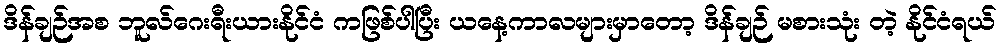
ဒိန်ချဉ်အစ ဘူလ်ဂေးရီးယားနိုင်ငံ ကဖြစ်ပါပြီး ယနေ့ကာလများမှာတော့ ဒိန်ချဉ် မစားသုံး တဲ့ နိုင်ငံရယ်